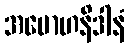
အမောဟနိဒါနံ